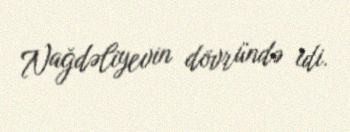
Nağdəliyevin dövründə idi.